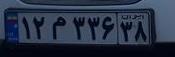
۱۲م۳۳۶۳۸